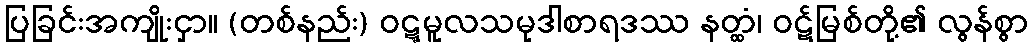
ပြခြင်းအကျိုးငှာ။ (တစ်နည်း) ဝဋ္ဋမူလသမုဒါစာရဒဿ နတ္ထံ၊ ဝဋ်မြစ်တို့၏ လွန်စွာ